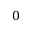
0